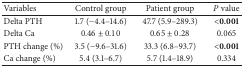
<table><thead><tr><td><b>Variables</b></td><td><b>Control group</b></td><td><b>Patient group</b></td><td><b><i>P</i> value</b></td></tr></thead><tbody><tr><td>Delta PTH</td><td>1.7 (−4.4–14.6)</td><td>47.7 (5.9–289.3)</td><td>&lt;<b>0.001</b></td></tr><tr><td>Delta Ca</td><td>0.46 ± 0.10</td><td>0.65 ± 0.28</td><td>0.065</td></tr><tr><td>PTH change (%)</td><td>3.5 (−9.6–31.6)</td><td>33.3 (6.8–93.7)</td><td>&lt;<b>0.001</b></td></tr><tr><td>Ca change (%)</td><td>5.4 (3.1–6.7)</td><td>5.7 (1.4–18.9)</td><td>0.334</td></tr></tbody></table>